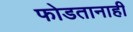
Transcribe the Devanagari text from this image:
फोडतानाही